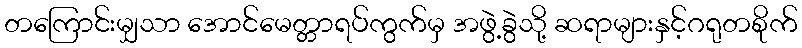
တကြောင်းမျှသာ အောင်မေတ္တာရပ်ကွက်မှ အဖွဲ့ခွဲသို့ ဆရာများနှင့်ဂရုတစိုက်